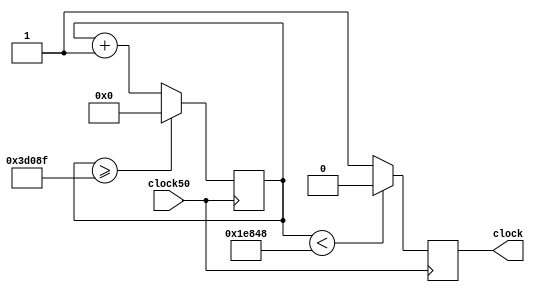
module clock_div(clock50, clock);
	
	input clock50;
	output reg clock;
	
	reg [26:0]counter=0;
   always @(posedge clock50)
   begin
		counter <= (counter>=249999) ? 0 : counter+1;
      clock <= (counter < 125000) ? 1'b0 : 1'b1;
   end
endmodule